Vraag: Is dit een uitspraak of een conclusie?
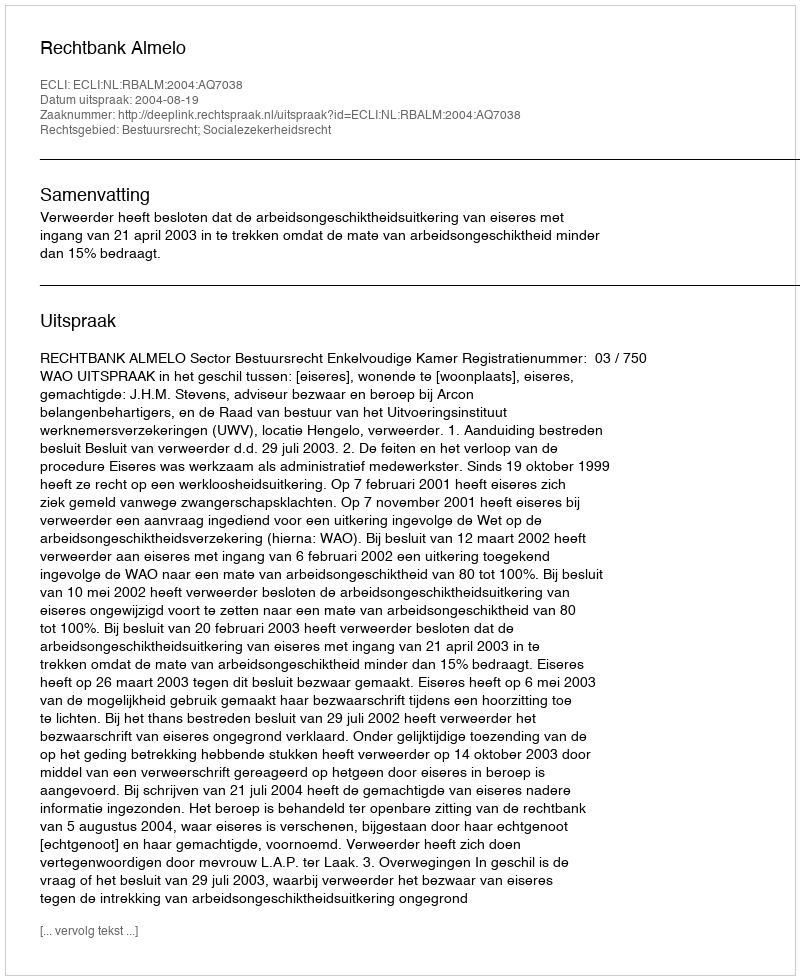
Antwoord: Uitspraak